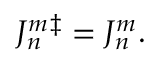
{ \cal J } _ { n } ^ { m } { } ^ { \ddag } = { \cal J } _ { n } ^ { m } .